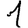
Digit: 1